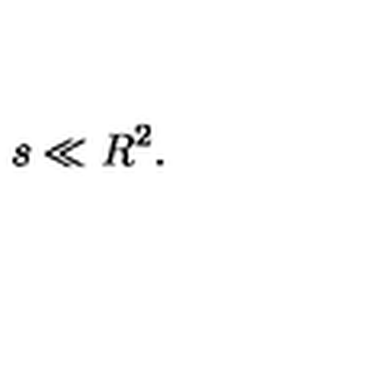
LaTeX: s \ll R ^ { 2 } .